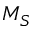
M _ { S }